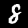
Digit: 8